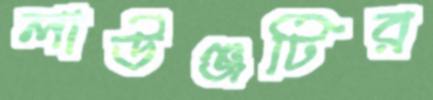
লাউঞ্জটির